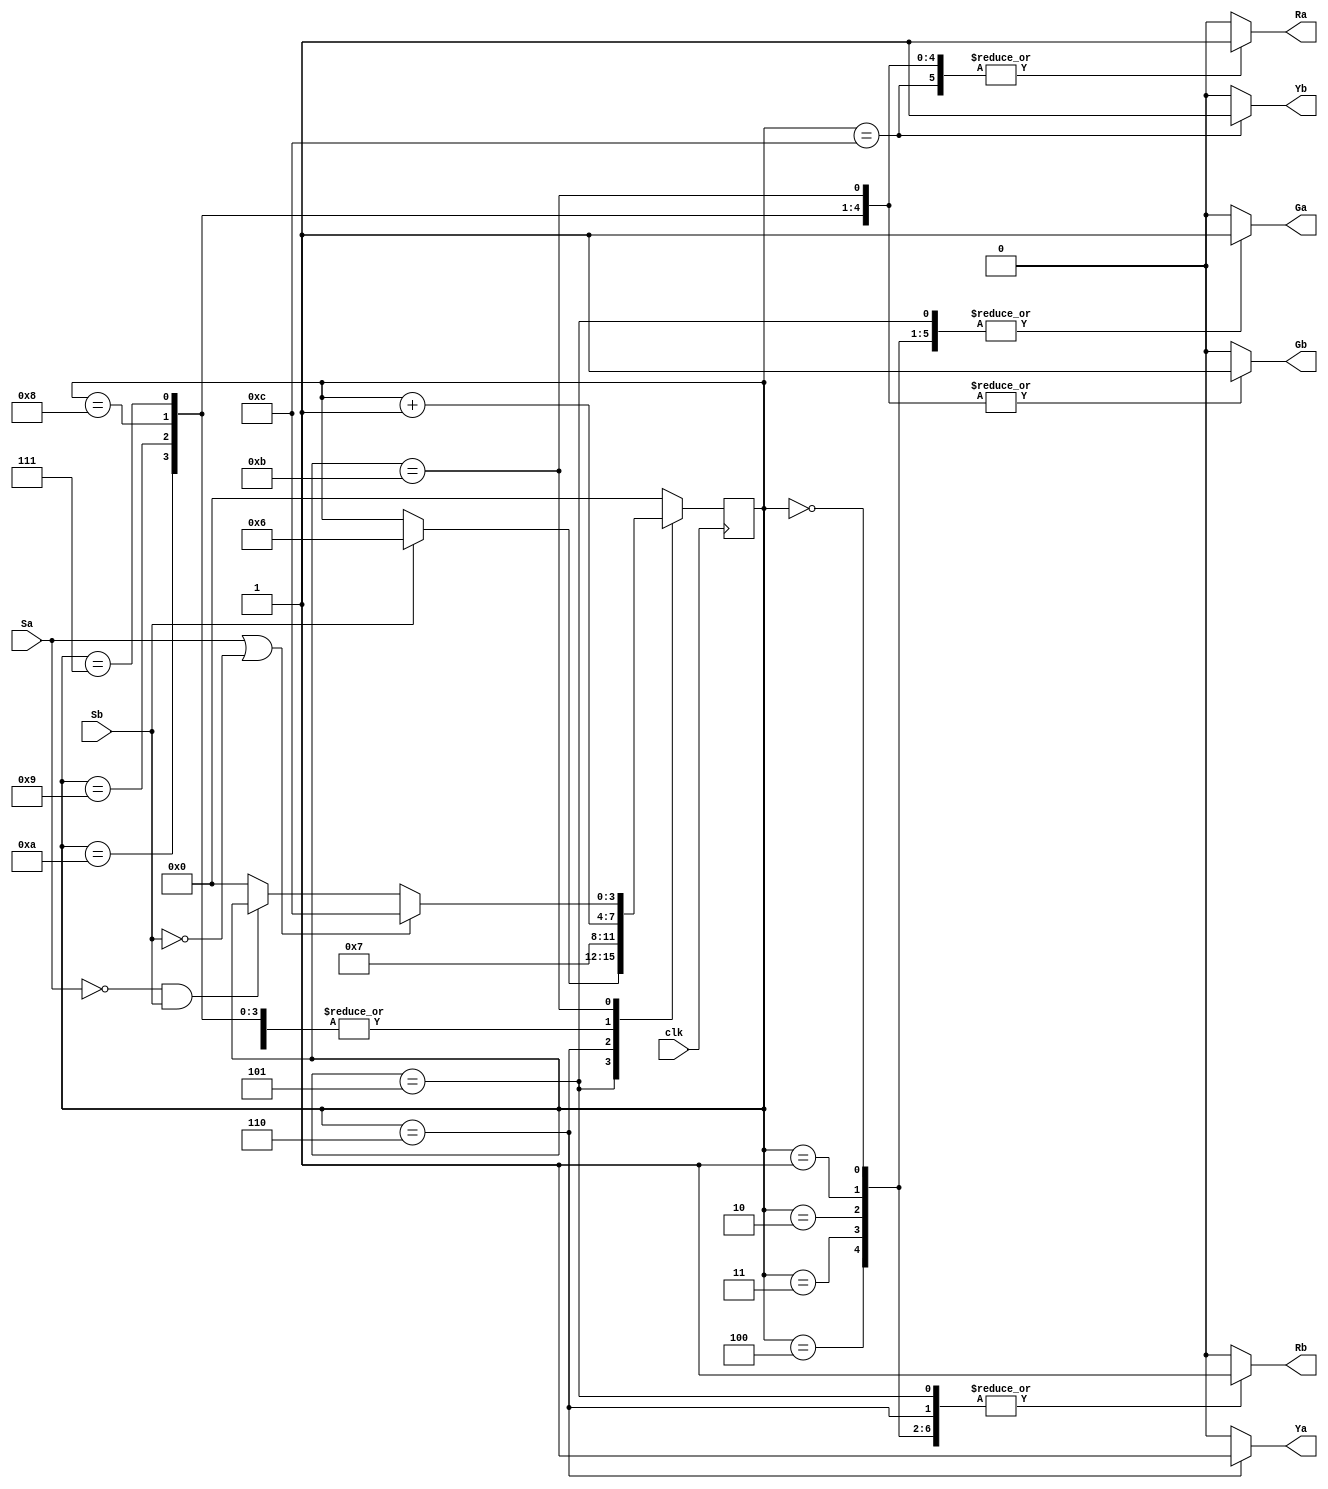
module HW2_traffic_controller(clk, Sa, Sb, Ra, Rb, Ga, Gb, Ya, Yb);
	input  clk, Sa, Sb;
	output reg Ra, Rb, Ga, Gb, Ya, Yb;
	
	reg [3:0] state, nextstate;
	initial begin
		state = 0;
	end 
	
	always@(state or Sa or Sb)
	begin
		Ra = 0;
		Rb = 0;
		Ga = 0;
		Gb = 0;
		Ya = 0;
		Yb = 0;
		nextstate = 0;
		case(state)
			0, 1, 2, 3, 4:
				begin
				Ga = 1;
				Rb = 1;
				nextstate =state+1;
				end
			5:
				begin		
				Ga = 1;Rb = 1;
				if(~Sb)
					nextstate = state;
				else
					nextstate = 6;
				end
			6:begin
				Ya = 1;
				Rb = 1;	
				nextstate = 7;
				end
			7, 8, 9, 10:begin
				Ra = 1;
				Gb = 1;
				nextstate = state+1;end
			11:begin
				Ra = 1;
				Gb = 1;
				if(Sa | ~Sb)
					nextstate = 12;
				else if(~Sa & Sb)
					nextstate = state;end
			12:begin
				Ra = 1;
				Yb = 1;
				nextstate = 0;end
			endcase
		end
	always@(posedge clk)
		begin
			state<=nextstate;
		end
endmodule